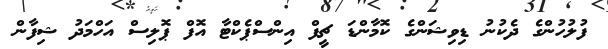
ފުލުހުންގެ ދެކުނު ޑިވިޝަންގެ ކޮމާންޑަ ޗީފް އިންސްޕެކްޓާ އޮފް ޕޮލިސް އަހްމަދު ޝިފާން